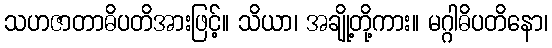
သဟဇာတာဓိပတိအားဖြင့်။ သိယာ၊ အချို့တို့ကား။ မဂ္ဂါဓိပတိနော၊